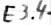
Text: E3.4